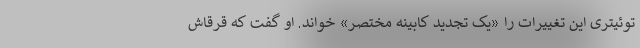
توئیتری این تغییرات را «یک تجدید کابینه مختصر» خواند. او گفت که قرقاش